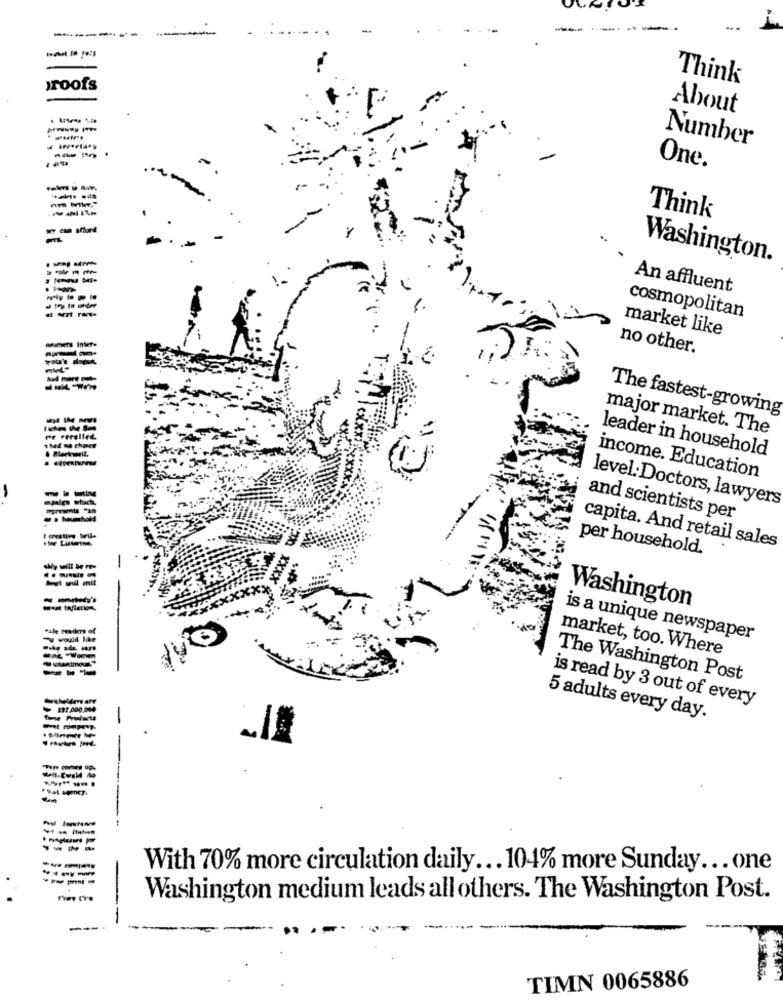
--------
--
-------
Think
proofs
About
Number
One.
Think
Washington.
An affluent
cosmopolitan
market like
Ments Inter-
no other.
The fastest-growing
major market. The
leader in household
income. Education
level:Doctors, lawyers
and scientists per
per household.
capita. And retail sales
-- '
Washington
Pale freders of
- would like
is a unique newspaper
market, too. Where
The Washington Post
is read by 3 out of every
197.000.000
5 adults every day.
----
-----
With 70% more circulation daily ... 104% more Sunday ... one
Washington medium leads all others. The Washington Post.
--
TIMN 0065886